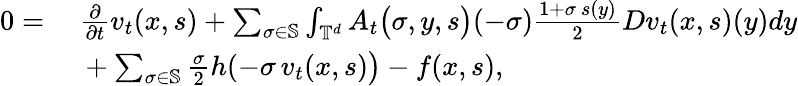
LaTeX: \begin{array}{rl}{0=}&{\ \frac{\partial}{\partial t}v_{t}(x,s)+\sum_{\sigma\in\mathbb{S}}\int_{\mathbb{T}^{d}}A_{t}\big(\sigma,y,s\big)(-\sigma)\frac{1+\sigma\, s(y)}{2}Dv_{t}(x,s)(y)dy}\\ &{\ +\sum_{\sigma\in\mathbb{S}}\frac{\sigma}{2}h(-\sigma\, v_{t}(x,s)\big)-f(x,s),}\end{array}